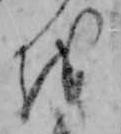
を